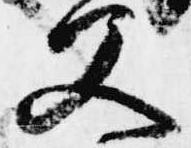
父